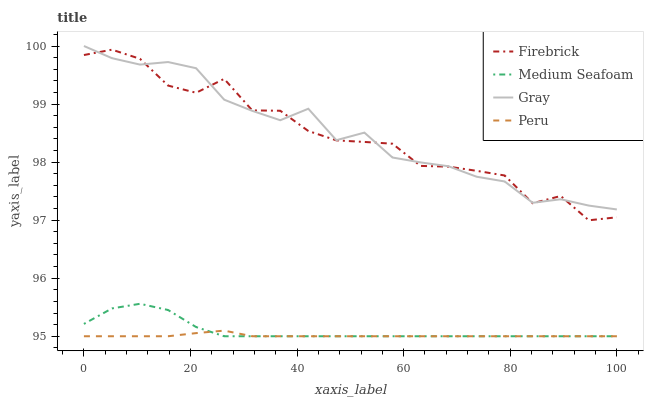
| xaxis_label | Firebrick | Medium Seafoam | Gray | Peru |
 | --- | --- | --- | --- | --- |
 | 0 | 99.8 | 95.2 | 100 | 95 |
 | 5.26 | 99.9 | 95.5 | 99.8 | 95 |
 | 10.5 | 99.8 | 95.6 | 99.7 | 95 |
 | 15.8 | 99.3 | 95.5 | 99.7 | 95 |
 | 21.1 | 99.2 | 95.2 | 99.6 | 95.1 |
 | 26.3 | 99.4 | 95 | 99.1 | 95.1 |
 | 31.6 | 98.9 | 95 | 98.9 | 95 |
 | 36.8 | 98.9 | 95 | 98.7 | 95 |
 | 42.1 | 98.5 | 95 | 98.9 | 95 |
 | 47.4 | 98.4 | 95 | 98.4 | 95 |
 | 52.6 | 98.3 | 95 | 98.5 | 95 |
 | 57.9 | 98.3 | 95 | 98.1 | 95 |
 | 63.2 | 97.9 | 95 | 98 | 95 |
 | 68.4 | 97.9 | 95 | 97.9 | 95 |
 | 73.7 | 97.8 | 95 | 97.7 | 95 |
 | 78.9 | 97.8 | 95 | 97.7 | 95 |
 | 84.2 | 97.3 | 95 | 97.3 | 95 |
 | 89.5 | 97.4 | 95 | 97.4 | 95 |
 | 94.7 | 97 | 95 | 97.3 | 95 |
 | 100 | 97 | 95 | 97.2 | 95 |